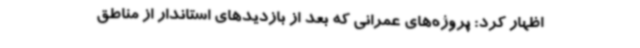
اظهار کرد: پروژه‌های عمرانی که بعد از بازدیدهای استاندار از مناطق